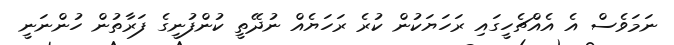
ނަމަވެސް އެ އެއްޗެހީގައި ރަހަޔަކުން ކުރެ ރަހަޔެއް ނުދޭތީ ކުންފުނީގެ ފަރާތުން ހުންނަނީ